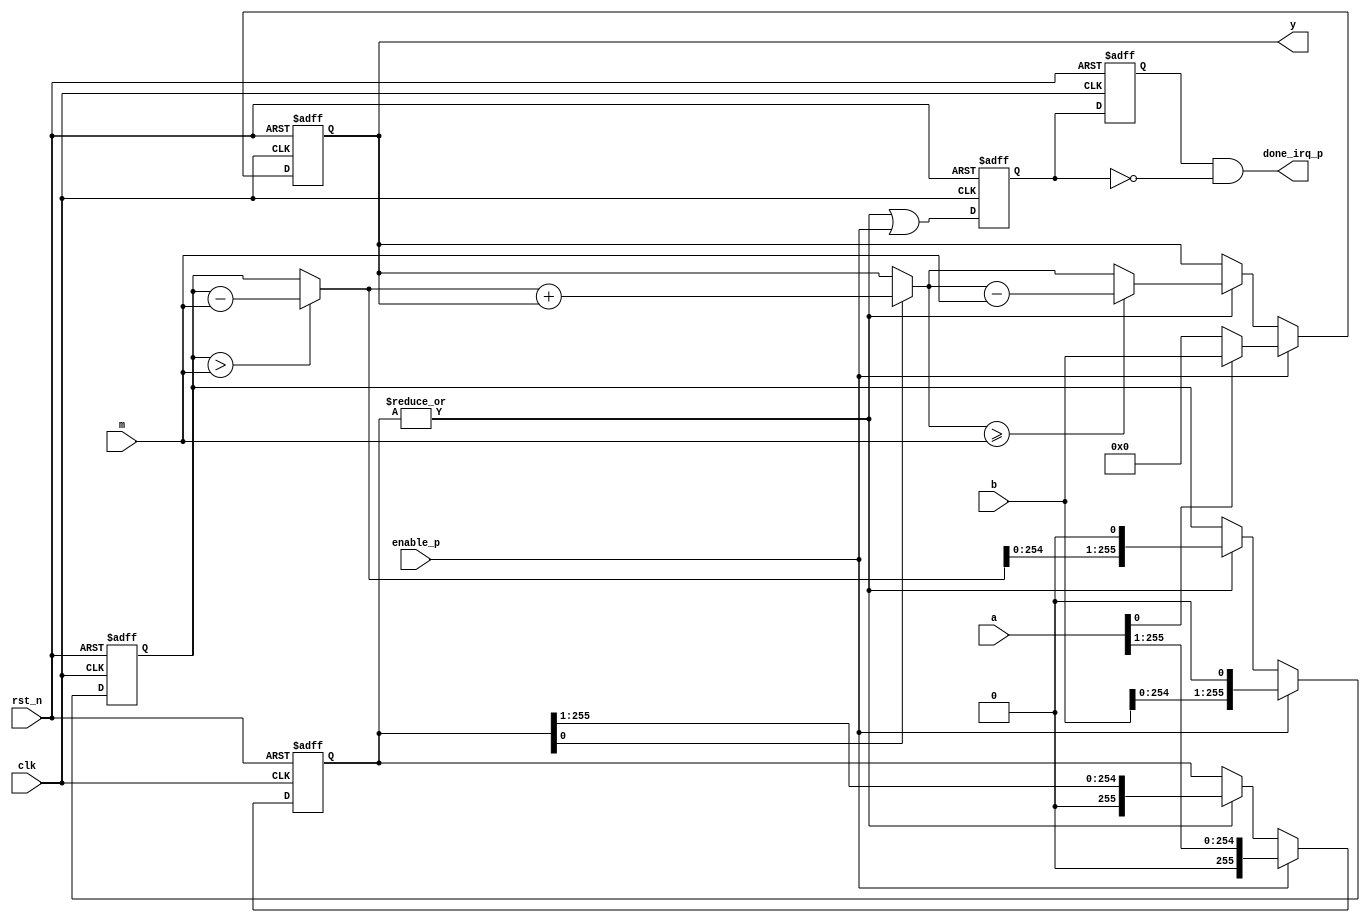
module mod_mul_il #(  parameter NBITS =256 ) (
  input               clk,
  input               rst_n,
  input               enable_p,
  input  [NBITS-1 :0] a,
  input  [NBITS-1 :0] b,
  input  [NBITS-1 :0] m,
  output [NBITS-1 :0] y,
  output              done_irq_p
);

//--------------------------------------
//reg/wire declaration
//--------------------------------------

reg  [NBITS-1 :0] a_loc;
reg  [NBITS-1 :0] y_loc;
reg  [NBITS-1  :0] b_loc;
reg               done_irq_p_loc;
reg               done_irq_p_loc_d;

wire [NBITS-1   :0] y_loc_accum;
wire [NBITS-1  :0] y_loc_accum_red;
wire [NBITS-1 :0] b_loc_red;


//calculate (a*b)%m
assign b_loc_red        = (b_loc > m) ? (b_loc - m) : b_loc;
//assign y_loc_accum      =  b_loc_red*a_loc[0] + y_loc;
assign y_loc_accum      =  a_loc[0] ? (b_loc_red + y_loc) : y_loc;
assign y_loc_accum_red  = (y_loc_accum >= m)   ?  (y_loc_accum -  m) :
                           y_loc_accum ;

always @ (posedge clk or negedge rst_n) begin
  if (rst_n == 1'b0) begin
    y_loc <= {NBITS{1'b0}};
    a_loc <= {NBITS{1'b0}};
    b_loc <= {(NBITS+1){1'b0}};  end  else begin
      if (enable_p == 1'b1) begin
        a_loc <= {1'b0, a[NBITS-1 :1]};
        b_loc <= {b, 1'b0};
        if (a[0] == 1'b1) begin
          y_loc <= b;        end        else begin
          y_loc <= {NBITS{1'b0}};        end      end
      else if (|a_loc) begin
        y_loc <= y_loc_accum_red[NBITS-1 :0];
        b_loc <= {b_loc_red, 1'b0};
        a_loc <= {1'b0, a_loc[NBITS-1:1]};      end   end end
  always @ (posedge clk or negedge rst_n) begin
    if (rst_n == 1'b0) begin
      done_irq_p_loc    <= 1'b0;
      done_irq_p_loc_d  <= 1'b0;    end   else begin
      done_irq_p_loc    <= |a_loc | enable_p;  //enable_p for the case a == 1
      done_irq_p_loc_d  <= done_irq_p_loc  ;    end  end
  assign done_irq_p =  done_irq_p_loc_d & ~done_irq_p_loc;
  assign y          =  y_loc;
endmodule